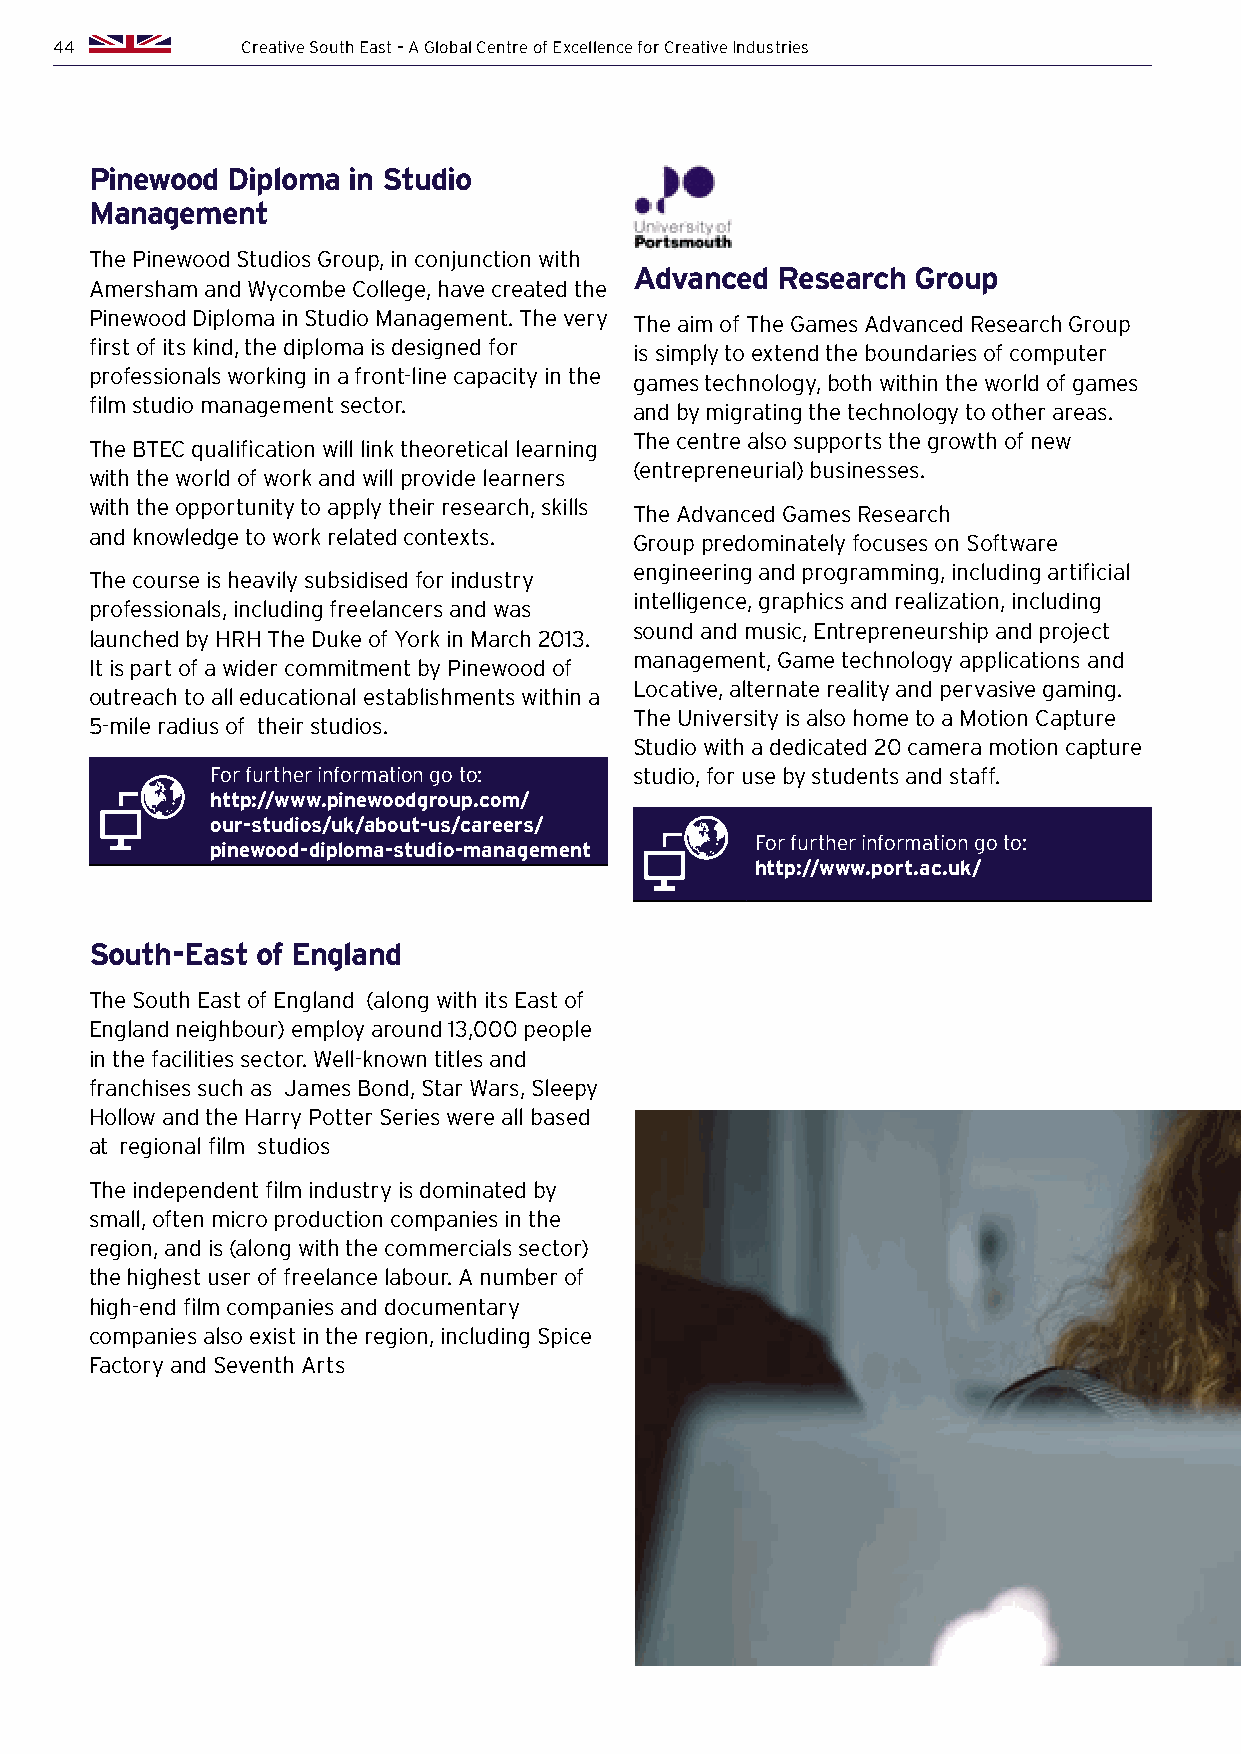
44          Creative South East – A Global Centre of Excellence for Creative Industries
 Pinewood Diploma in Studio
 Management
 The Pinewood Studios Group, in conjunction with
 Advanced Research Group
 Amersham and Wycombe College, have created the
 Pinewood Diploma in Studio Management. The very
 The aim of The Games Advanced Research Group
 first of its kind, the diploma is designed for
 is simply to extend the boundaries of computer
 professionals working in a front-line capacity in the
 games technology, both within the world of games
 film studio management sector.
 and by migrating the technology to other areas.
 The centre also supports the growth of new
 The BTEC qualification will link theoretical learning
 (entrepreneurial) businesses.
 with the world of work and will provide learners
 with the opportunity to apply their research, skills
 The Advanced Games Research
 and knowledge to work related contexts.
 Group predominately focuses on Software
 engineering and programming, including artificial
 The course is heavily subsidised for industry
 intelligence, graphics and realization, including
 professionals, including freelancers and was
 sound and music, Entrepreneurship and project
 launched by HRH The Duke of York in March 2013.
 management, Game technology applications and
 It is part of a wider commitment by Pinewood of
 Locative, alternate reality and pervasive gaming.
 outreach to all educational establishments within a
 The University is also home to a Motion Capture
 5-mile radius of their studios.
 Studio with a dedicated 20 camera motion capture
 For further information go to: studio, for use by students and staff.
 http://www.pinewoodgroup.com/
 our-studios/uk/about-us/careers/
 For further information go to:
 pinewood-diploma-studio-management
 http://www.port.ac.uk/
 South-East of England
 The South East of England (along with its East of
 England neighbour) employ around 13,000 people
 in the facilities sector. Well-known titles and
 franchises such as James Bond, Star Wars, Sleepy
 Hollow and the Harry Potter Series were all based
 at regional film studios
 The independent film industry is dominated by
 small, often micro production companies in the
 region, and is (along with the commercials sector)
 the highest user of freelance labour. A number of
 high-end film companies and documentary
 companies also exist in the region, including Spice
 Factory and Seventh Arts